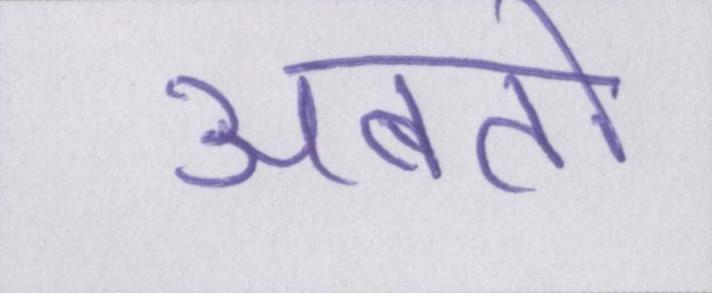
अबतो